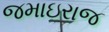
જમાઇરાજ